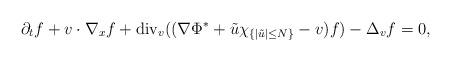
LaTeX: \begin{align*}\partial_t f +v\cdot \nabla_x f+{\rm{div}}_v((\nabla\Phi^*+\tilde u\chi_{\{|\tilde u|\leq N\}}-v)f)-\Delta_vf=0,\end{align*}